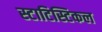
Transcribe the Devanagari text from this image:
स्टाटिस्टिकल